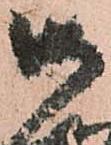
御